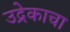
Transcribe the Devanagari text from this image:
उद्रेकाचा